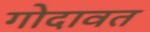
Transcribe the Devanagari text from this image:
गोदावत